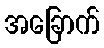
အခြောက်